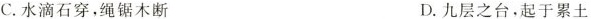
C.水滴石穿，绳锯木断 D.九层之台，起于累土